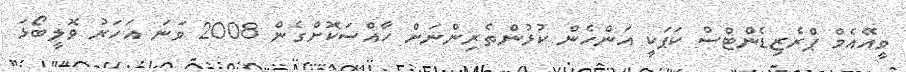
ވީއޭއެމް ޕްރެޒިޑެންޓްސް ކަޕަކީ އަންހެން ކުޅުންތެރިންނަށް ހާއްސަކޮށްގެން 2008 ވަނަ އަހަރު ވޮލީބޯޅަ